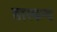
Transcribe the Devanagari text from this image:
तास्कन्द